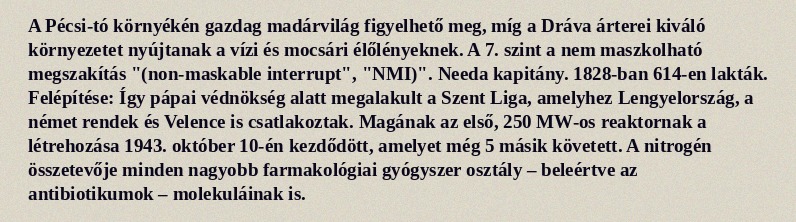
A Pécsi-tó környékén gazdag madárvilág figyelhető meg, míg a Dráva árterei kiváló környezetet nyújtanak a vízi és mocsári élőlényeknek. A 7. szint a nem maszkolható megszakítás "(non-maskable interrupt", "NMI)". Needa kapitány. 1828-ban 614-en lakták. Felépítése: Így pápai védnökség alatt megalakult a Szent Liga, amelyhez Lengyelország, a német rendek és Velence is csatlakoztak. Magának az első, 250 MW-os reaktornak a létrehozása 1943. október 10-én kezdődött, amelyet még 5 másik követett. A nitrogén összetevője minden nagyobb farmakológiai gyógyszer osztály – beleértve az antibiotikumok – molekuláinak is.